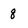
Character: 8